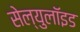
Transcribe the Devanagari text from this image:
सेल्युलॉइड